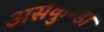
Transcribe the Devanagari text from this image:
असकुण्डा